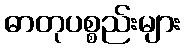
ဓာတုပစ္စည်းများ